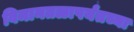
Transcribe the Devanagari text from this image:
विमानतळापर्यंतच्या